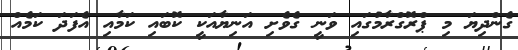
ގެންދިޔަ މި ޕްރޮގްރާމުގައި ވަނީ ގެވެށި އަނިޔާއަކީ ކޮބައި ކަމާއި އެފަދަ ކަމެއް